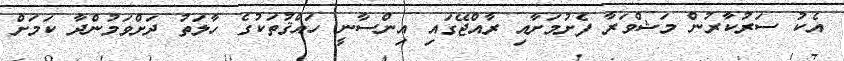
އެކު ސަރުކާރުން މަޝްވަރާ ފެށުމަށާއި ރާއްޖޭގައި އިންސާނީ ހައްޤުތަކުގެ ހާލަތު ދަށްވަމުންދާ ކަމަށް